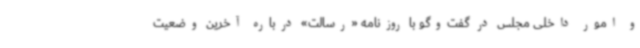
و امور داخلی مجلس در گفت‌وگو با روزنامه «رسالت» درباره آخرین وضعیت